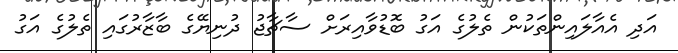
އަދި އެއާލައިންތަކުން ތެލުގެ އަގު ބޮޑުވާއިރަށް ސާޗާޖު ދުނިޔޭގެ ބާޒާރުގައި ތެލުގެ އަގު